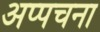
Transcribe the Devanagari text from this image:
अप्पचना